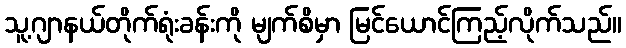
သူ့ဂျာနယ်တိုက်ရုံးခန်းကို မျက်စိမှာ မြင်ယောင်ကြည့်လိုက်သည်။